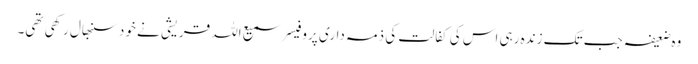
وہ ضعیفہ جب تک زندہ رہی اس کی کفالت کی ذمہ داری پروفیسر سمیع اللہ قریشی نے خود سنبھال رکھی تھی۔